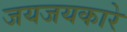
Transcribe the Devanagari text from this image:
जयजयकारे